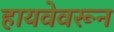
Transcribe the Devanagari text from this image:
हायवेवरून